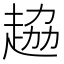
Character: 𧻒